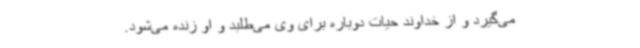
می‌گیرد و از خداوند حیات دوباره برای وی می‌طلبد و او زنده می‌شود.